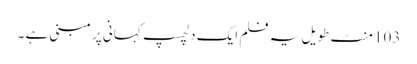
103 منٹ طویل یہ فلم ایک دلچسپ کہانی پر مبنی ہے ۔